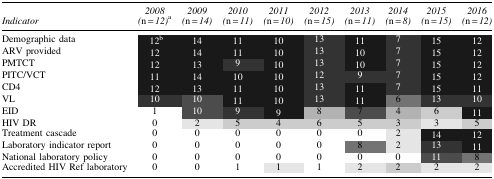
| Indicator | 2008 (n = 12)a | 2009 (n = 14) | 2010 (n = 11) | 2011 (n = 10) | 2012 (n = 15) | 2013 (n = 11) | 2014 (n = 8) | 2015 (n = 15) | 2016 (n = 12) |
 | --- | --- | --- | --- | --- | --- | --- | --- | --- | --- |
 | Demographic data | 12b | 14 | 11 | 10 | 13 | 11 | 7 | 15 | 12 |
 | ARV provided | 12 | 14 | 11 | 10 | 13 | 10 | 7 | 15 | 12 |
 | PMTCT | 12 | 13 | 9 | 10 | 13 | 10 | 7 | 15 | 12 |
 | PITC/VCT | 11 | 14 | 10 | 10 | 12 | 9 | 7 | 15 | 12 |
 | CD4 | 12 | 13 | 11 | 10 | 13 | 11 | 7 | 15 | 11 |
 | VL | 10 | 10 | 11 | 10 | 13 | 11 | 6 | 13 | 10 |
 | EID | 1 | 10 | 9 | 9 | 8 | 7 | 4 | 6 | 11 |
 | HIV DR | 0 | 2 | 5 | 4 | 6 | 5 | 3 | 3 | 5 |
 | Treatment cascade | 0 | 0 | 0 | 0 | 0 | 0 | 2 | 14 | 12 |
 | Laboratory indicator report | 0 | 0 | 0 | 0 | 0 | 8 | 2 | 13 | 11 |
 | National laboratory policy | 0 | 0 | 0 | 0 | 0 | 0 | 0 | 11 | 8 |
 | Accredited HIV Ref laboratory | 0 | 0 | 1 | 1 | 1 | 2 | 2 | 2 | 2 |